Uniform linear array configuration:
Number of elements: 8
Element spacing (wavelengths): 0.25
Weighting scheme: exponential
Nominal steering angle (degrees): -60
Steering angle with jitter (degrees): -59.457
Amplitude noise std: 0.05
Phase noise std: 0.05

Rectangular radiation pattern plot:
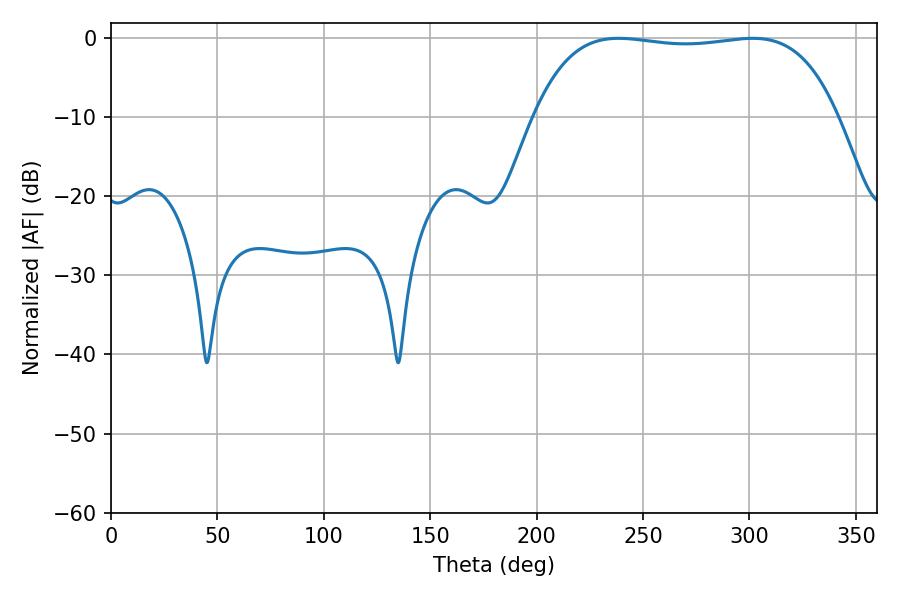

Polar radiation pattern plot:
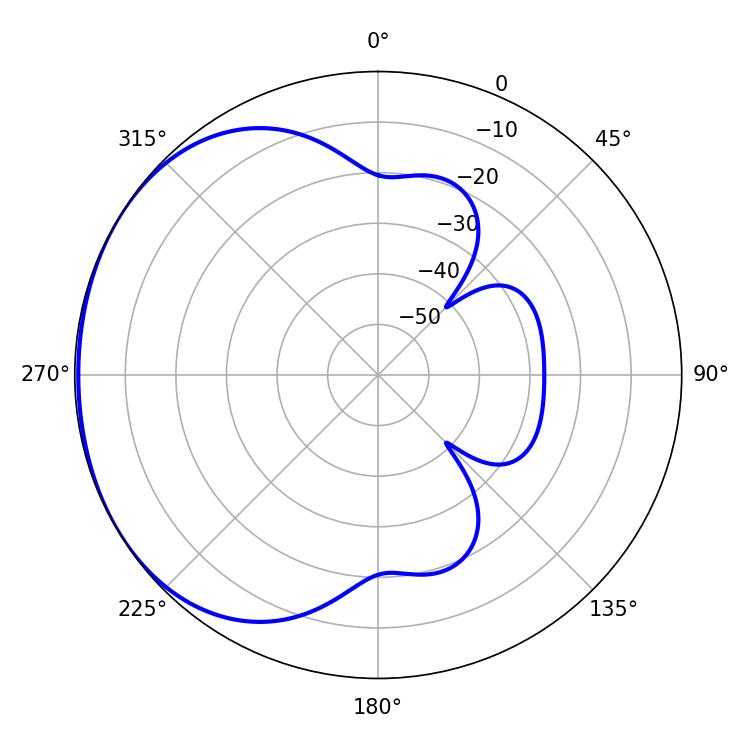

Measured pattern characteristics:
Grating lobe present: FALSE
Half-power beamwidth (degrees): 113.04
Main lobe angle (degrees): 238.5